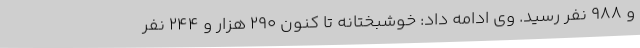
و 988 نفر رسید. وی ادامه داد: خوشبختانه تا کنون 290 هزار و 244 نفر